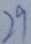
2 9